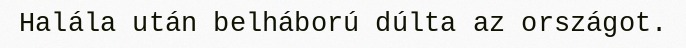
Halála után belháború dúlta az országot.